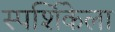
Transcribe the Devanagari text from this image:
स्पर्शिकेला